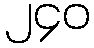
၂၄၀